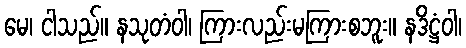
မေ၊ ငါသည်။ နသုတံဝါ၊ ကြားလည်းမကြားစဘူး။ နဒိဋ္ဌံဝါ၊